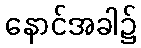
နောင်အခါ၌